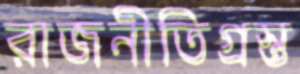
রাজনীতিগ্রস্ত